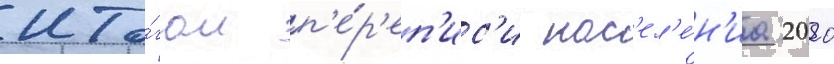
ито́гам п'е́р'еп'ис'и нас'ел'е́н'иа 2020